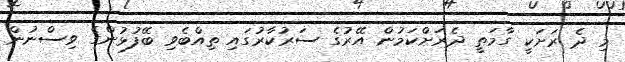
މި ދެ ރަށަކީ ގާމަތީ ދެރަށްކަމުން އޭރުގެ ސަރުކާރުގައި ތިއްބެވި ބޭފުޅުންގެ ވިސްނުން